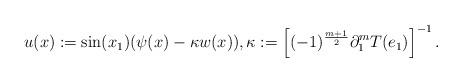
LaTeX: \begin{align*}u(x):=\sin(x_1)(\psi(x)-\kappa w(x)),\kappa:=\left[(-1)^{\frac{m+1}{2}}\partial_1^mT(e_1)\right]^{-1}.\end{align*}